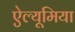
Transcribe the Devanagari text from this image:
ऐल्यूमिया